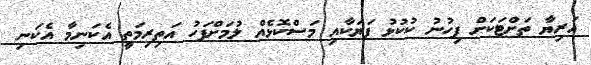
އަރިޔާ ތަށްޓަކަށް ފިހުނު ކުކުޅު ފަޔަކާއި މަސްކޮޅެއް ލުމަށްފަހު އަތިރިމަތީ އެކަނިމާ އެކަނި